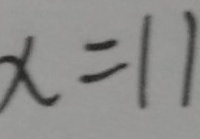
x = 1 1